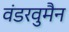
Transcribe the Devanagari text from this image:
वंडरवुमैन